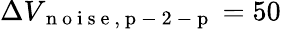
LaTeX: \Delta V_{\mathrm{~n~o~i~s~e~,~p~-~2~-~p~}}=50